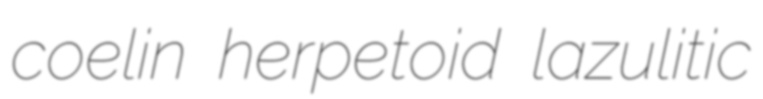
coelin herpetoid lazulitic